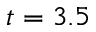
t = 3 . 5